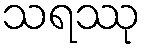
သရဿု